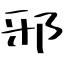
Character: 邪